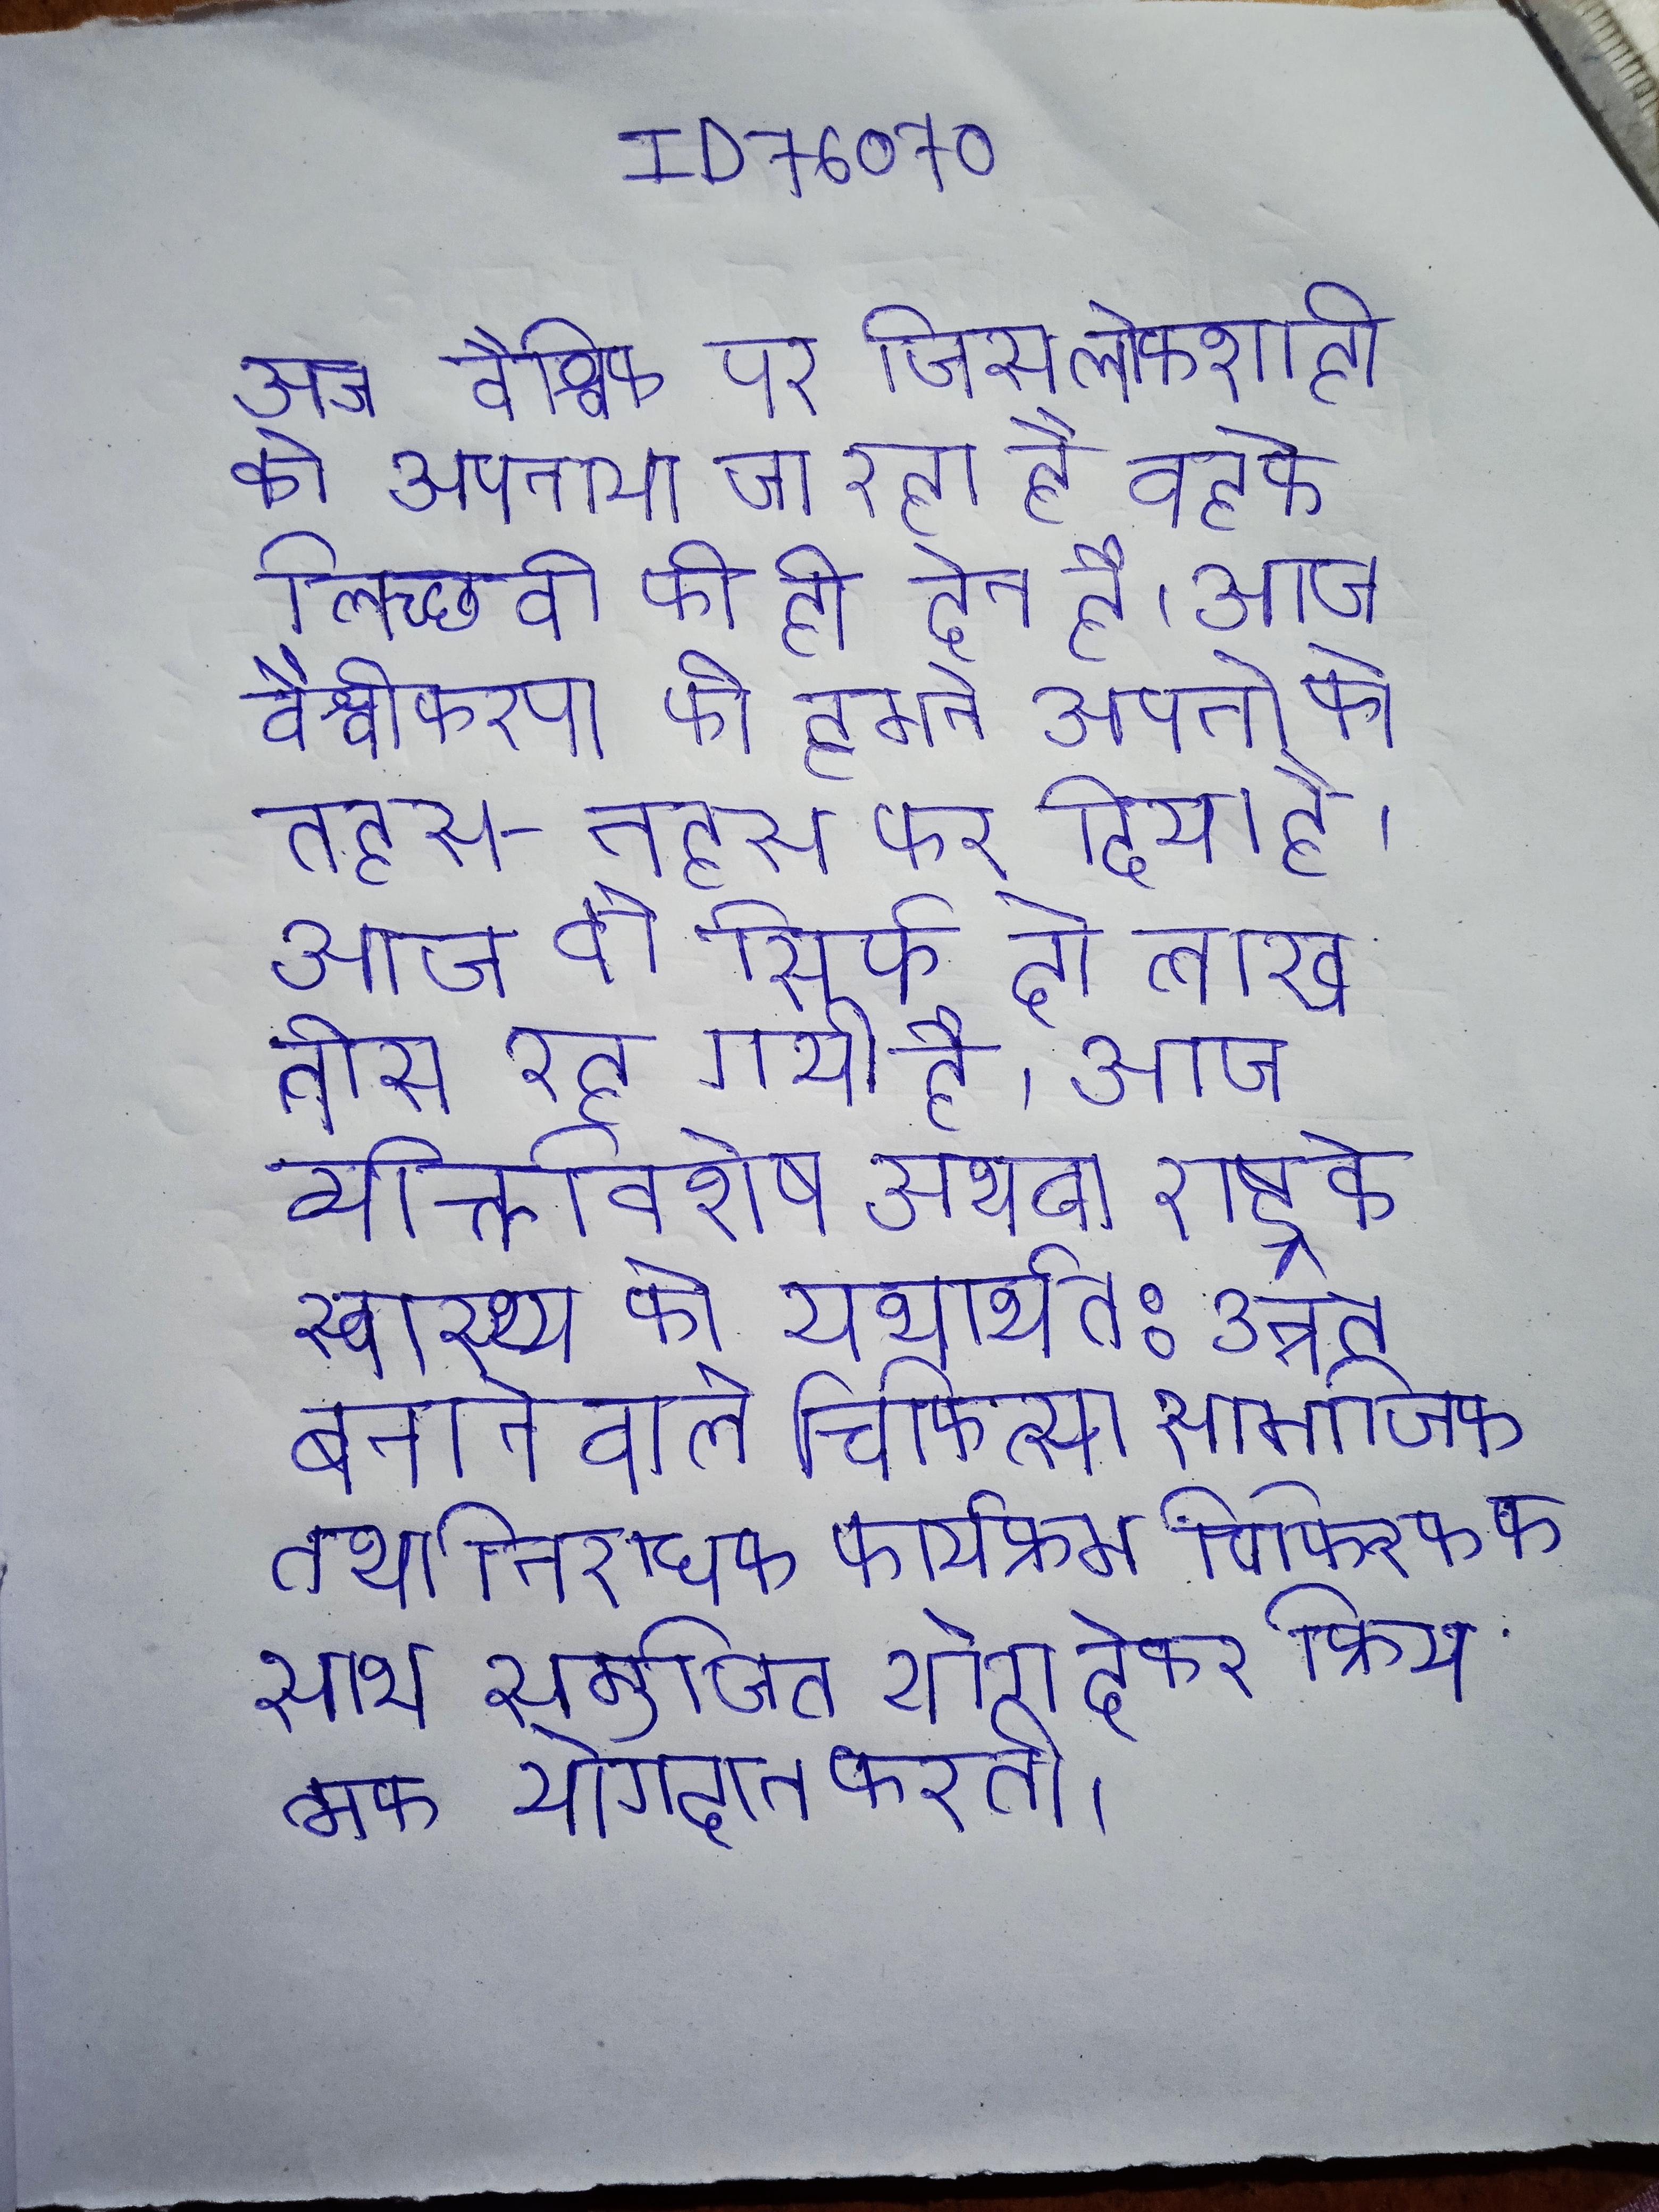
आज वैश्विक पर जिस लोकशाही को अपनाया जा रहा है वह के लिच्छवी की ही देन है । आज वैश्वीकरण की हमने अपनी को तहस-नहस कर दिया है । आज वो सिर्फ दो लाख तीस रह गयी है । आज व्यक्तिविशेष अथवा राष्ट्र के स्वास्थ्य को यथार्थत: उन्नत बनानेवाले चिकित्सा सामाजिक तथा निरोधक कार्यक्रम चिकित्सक के साथ समुचित योग देकर क्रियात्मक योगदान करती ।